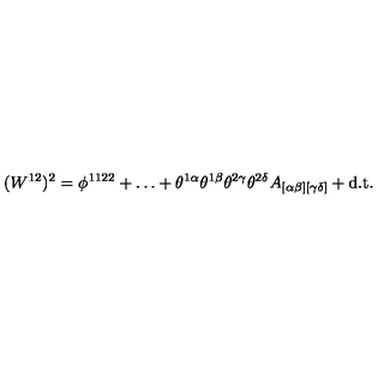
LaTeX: ( W ^ { 1 2 } ) ^ { 2 } = \phi ^ { 1 1 2 2 } + \ldots + \theta ^ { 1 \alpha } \theta ^ { 1 \beta } \theta ^ { 2 \gamma } \theta ^ { 2 \delta } A _ { [ \alpha \beta ] [ \gamma \delta ] } + \mathrm { \small d . t . }